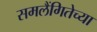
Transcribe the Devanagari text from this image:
समलैंगितेच्या